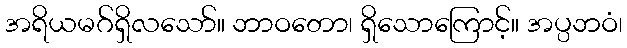
အရိယမဂ်ရှိလသော်။ ဘာဝတော၊ ရှိသောကြောင့်။ အပ္ပဘဝံ၊